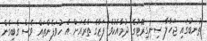
ތުނބުގައި ޖަހާލާ ސިނގިރޭޓުގެ ދުމާއެކުވެ ފަޒާގެ ތެރެއަށް އެ ހުވަފެންތައް ވެސް ގެބިގެން